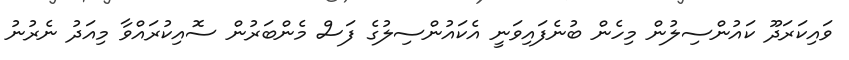
ވައިކަރަދޫ ކައުންސިލުން މިހެން ބުނެފައިވަނީ އެކައުންސިލުގެ ފަސް މެންބަރުން ސޮއިކުރައްވާ މިއަދު ނެރުނު